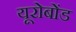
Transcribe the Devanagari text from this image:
यूरोबोंड